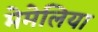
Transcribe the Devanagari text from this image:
मेमेलिया